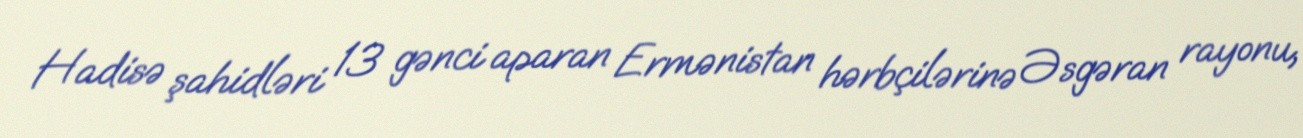
Hadisə şahidləri 13 gənci aparan Ermənistan hərbçilərinə Əsgəran rayonu,